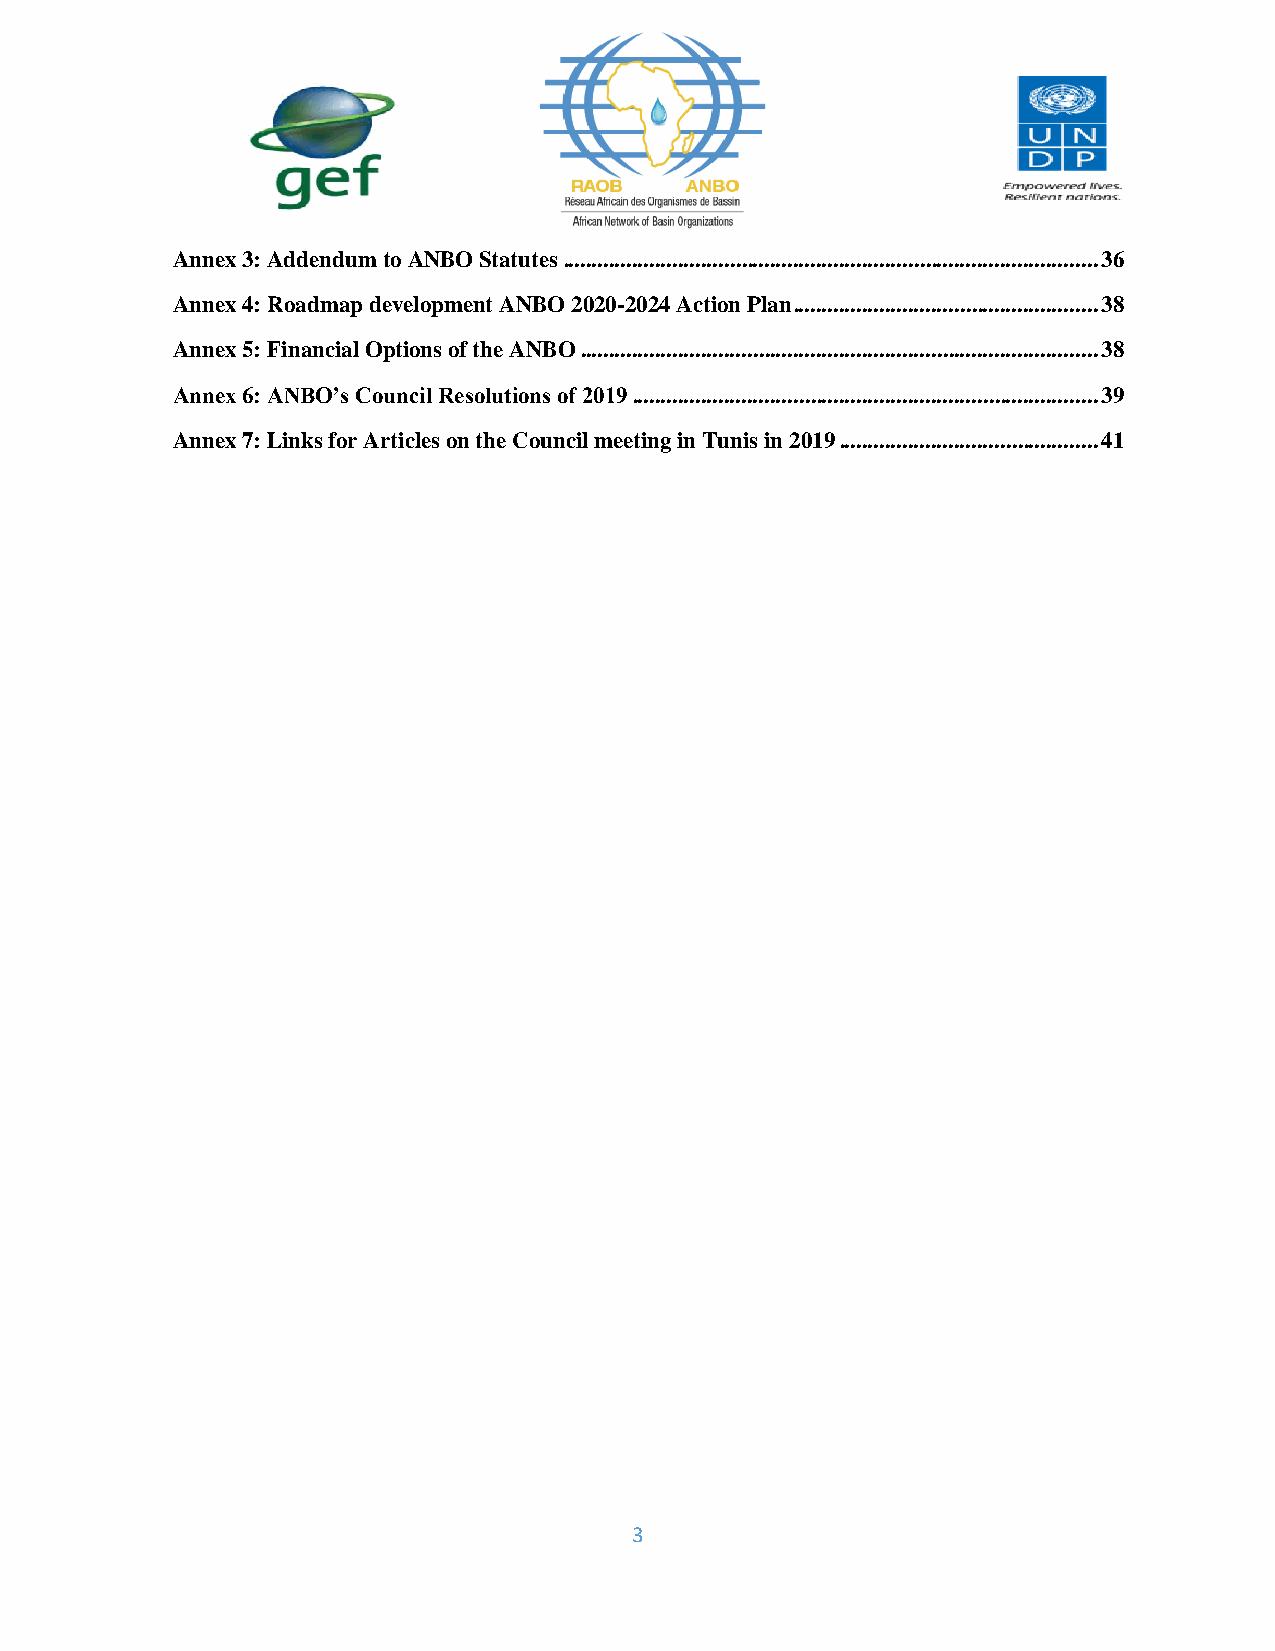
Annex 3: Addendum to ANBO Statutes ............................................................................................. 36
 Annex 4: Roadmap development ANBO 2020-2024 Action Plan ..................................................... 38
 Annex 5: Financial Options of the ANBO .......................................................................................... 38
 Annex 6: ANBO’s Council Resolutions of 2019 ................................................................................. 39
 Annex 7: Links for Articles on the Council meeting in Tunis in 2019 ............................................. 41
 3